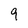
Character: 9